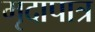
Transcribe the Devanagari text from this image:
मृदापात्र